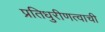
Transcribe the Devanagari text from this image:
प्रतिधुरीणत्वाची